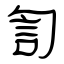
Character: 訇